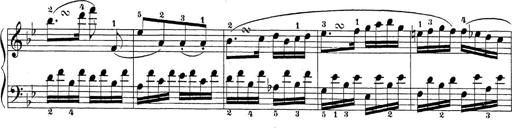
Title: Sonatina Album
Composer: Louis KÃ¶hler